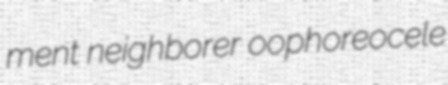
ment neighborer oophoreocele